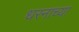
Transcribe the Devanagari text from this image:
धरनाच्या